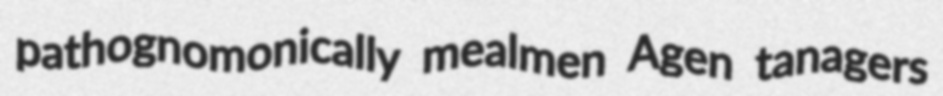
pathognomonically mealmen Agen tanagers